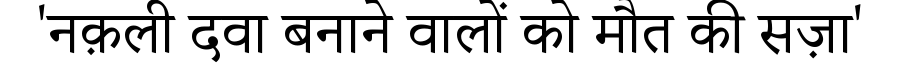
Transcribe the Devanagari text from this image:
'नक़ली दवा बनाने वालों को मौत की सज़ा'